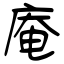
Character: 庵